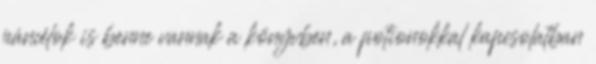
páncélok is benne vannak a könyvben, a potionokkal kapcsolatban